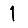
Digit: 1